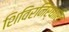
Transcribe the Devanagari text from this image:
शिविरनिर्धारित